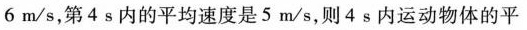
6m/s，第4s内的平均速度是5m/s，则4s内运动物体的平